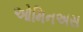
ઓમિનઅસ